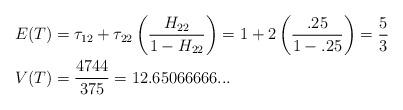
LaTeX: \begin{align*} E(T) &= \tau_{12} + \tau_{22} \left( \frac{H_{22}} {1-H_{22}} \right) = 1 + 2 \left( \frac{.25}{1-.25} \right) = \frac{5}{3} \\V(T) &= \frac{4744}{375} = 12.65066666... \end{align*}